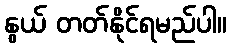
နွယ် တတ်နိုင်ရမည်ပါ။